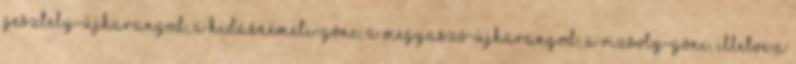
Gesztely-Újharangod, a Hidasnémeti-Gönc, a Megyaszó-Újharangod, a Vizsoly-Gönc, illetve a